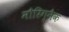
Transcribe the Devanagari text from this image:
मौरिग्नैक